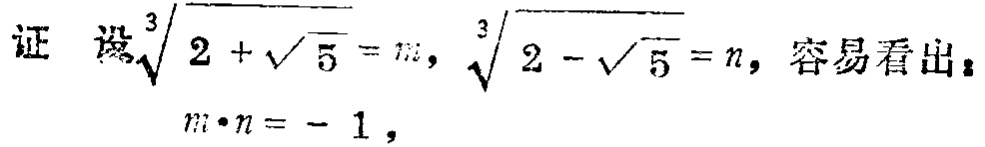
证 设$\sqrt[3]{2 + \sqrt{5}} = m$，$\sqrt[3]{2 - \sqrt{5}} = n$，容易看出：

$m\cdot n = - 1$，